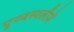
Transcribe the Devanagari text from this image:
पुण्‍यस्‍थलीमें